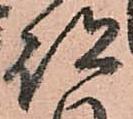
跡